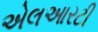
એલઆરટી